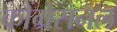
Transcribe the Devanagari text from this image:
कौंग्रेसनल